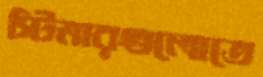
স্টিমারগুলোতে